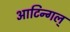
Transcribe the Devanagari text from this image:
आटिन्गल्